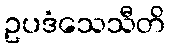
ဥပဒံသေသီတိ